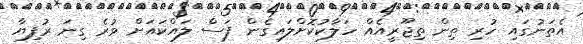
އެތަނުގައި ހުރި ތިން ތިޖޫރީއެއް ހަލާކުކޮށްލައިގެން ފަސް ލައްކައަށް ވުރެ ގިނަ ރުފިޔާ